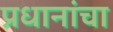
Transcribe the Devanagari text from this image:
प्रधानांचा